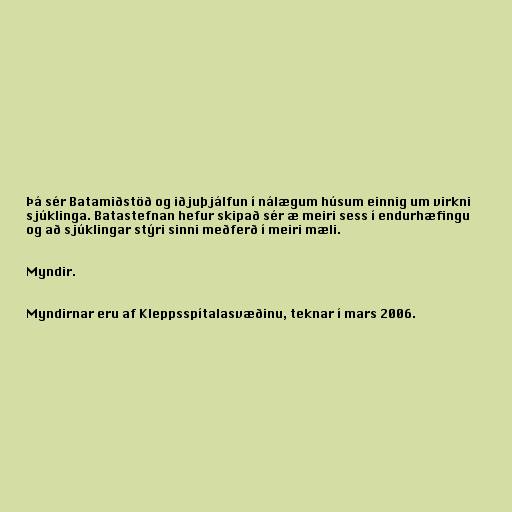
Þá sér Batamiðstöð og iðjuþjálfun í nálægum húsum einnig um virkni
sjúklinga. Batastefnan hefur skipað sér æ meiri sess í endurhæfingu
og að sjúklingar stýri sinni meðferð í meiri mæli.

Myndir.

Myndirnar eru af Kleppsspítalasvæðinu, teknar í mars 2006.